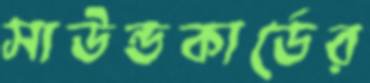
সাউন্ডকার্ডের